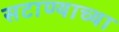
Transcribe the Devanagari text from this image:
सटाण्याच्या